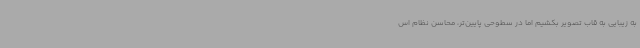
به زیبایی به قاب تصویر بکشیم اما در سطوحی پایین‌تر، محاسن نظام اس